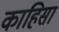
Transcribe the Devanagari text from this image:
काहिसा